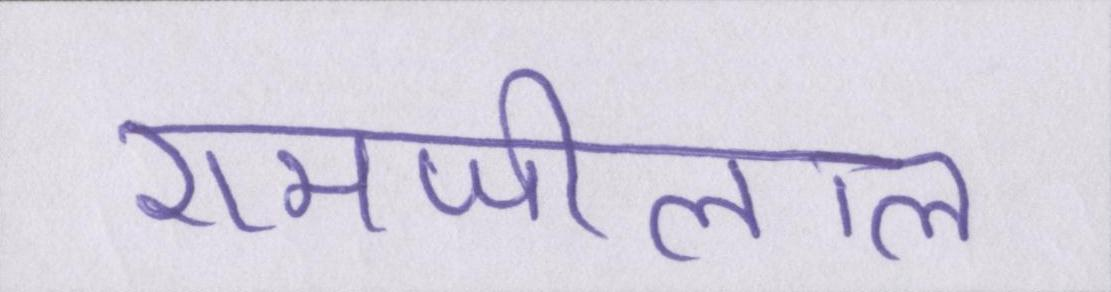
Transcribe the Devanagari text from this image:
रामजीलाल